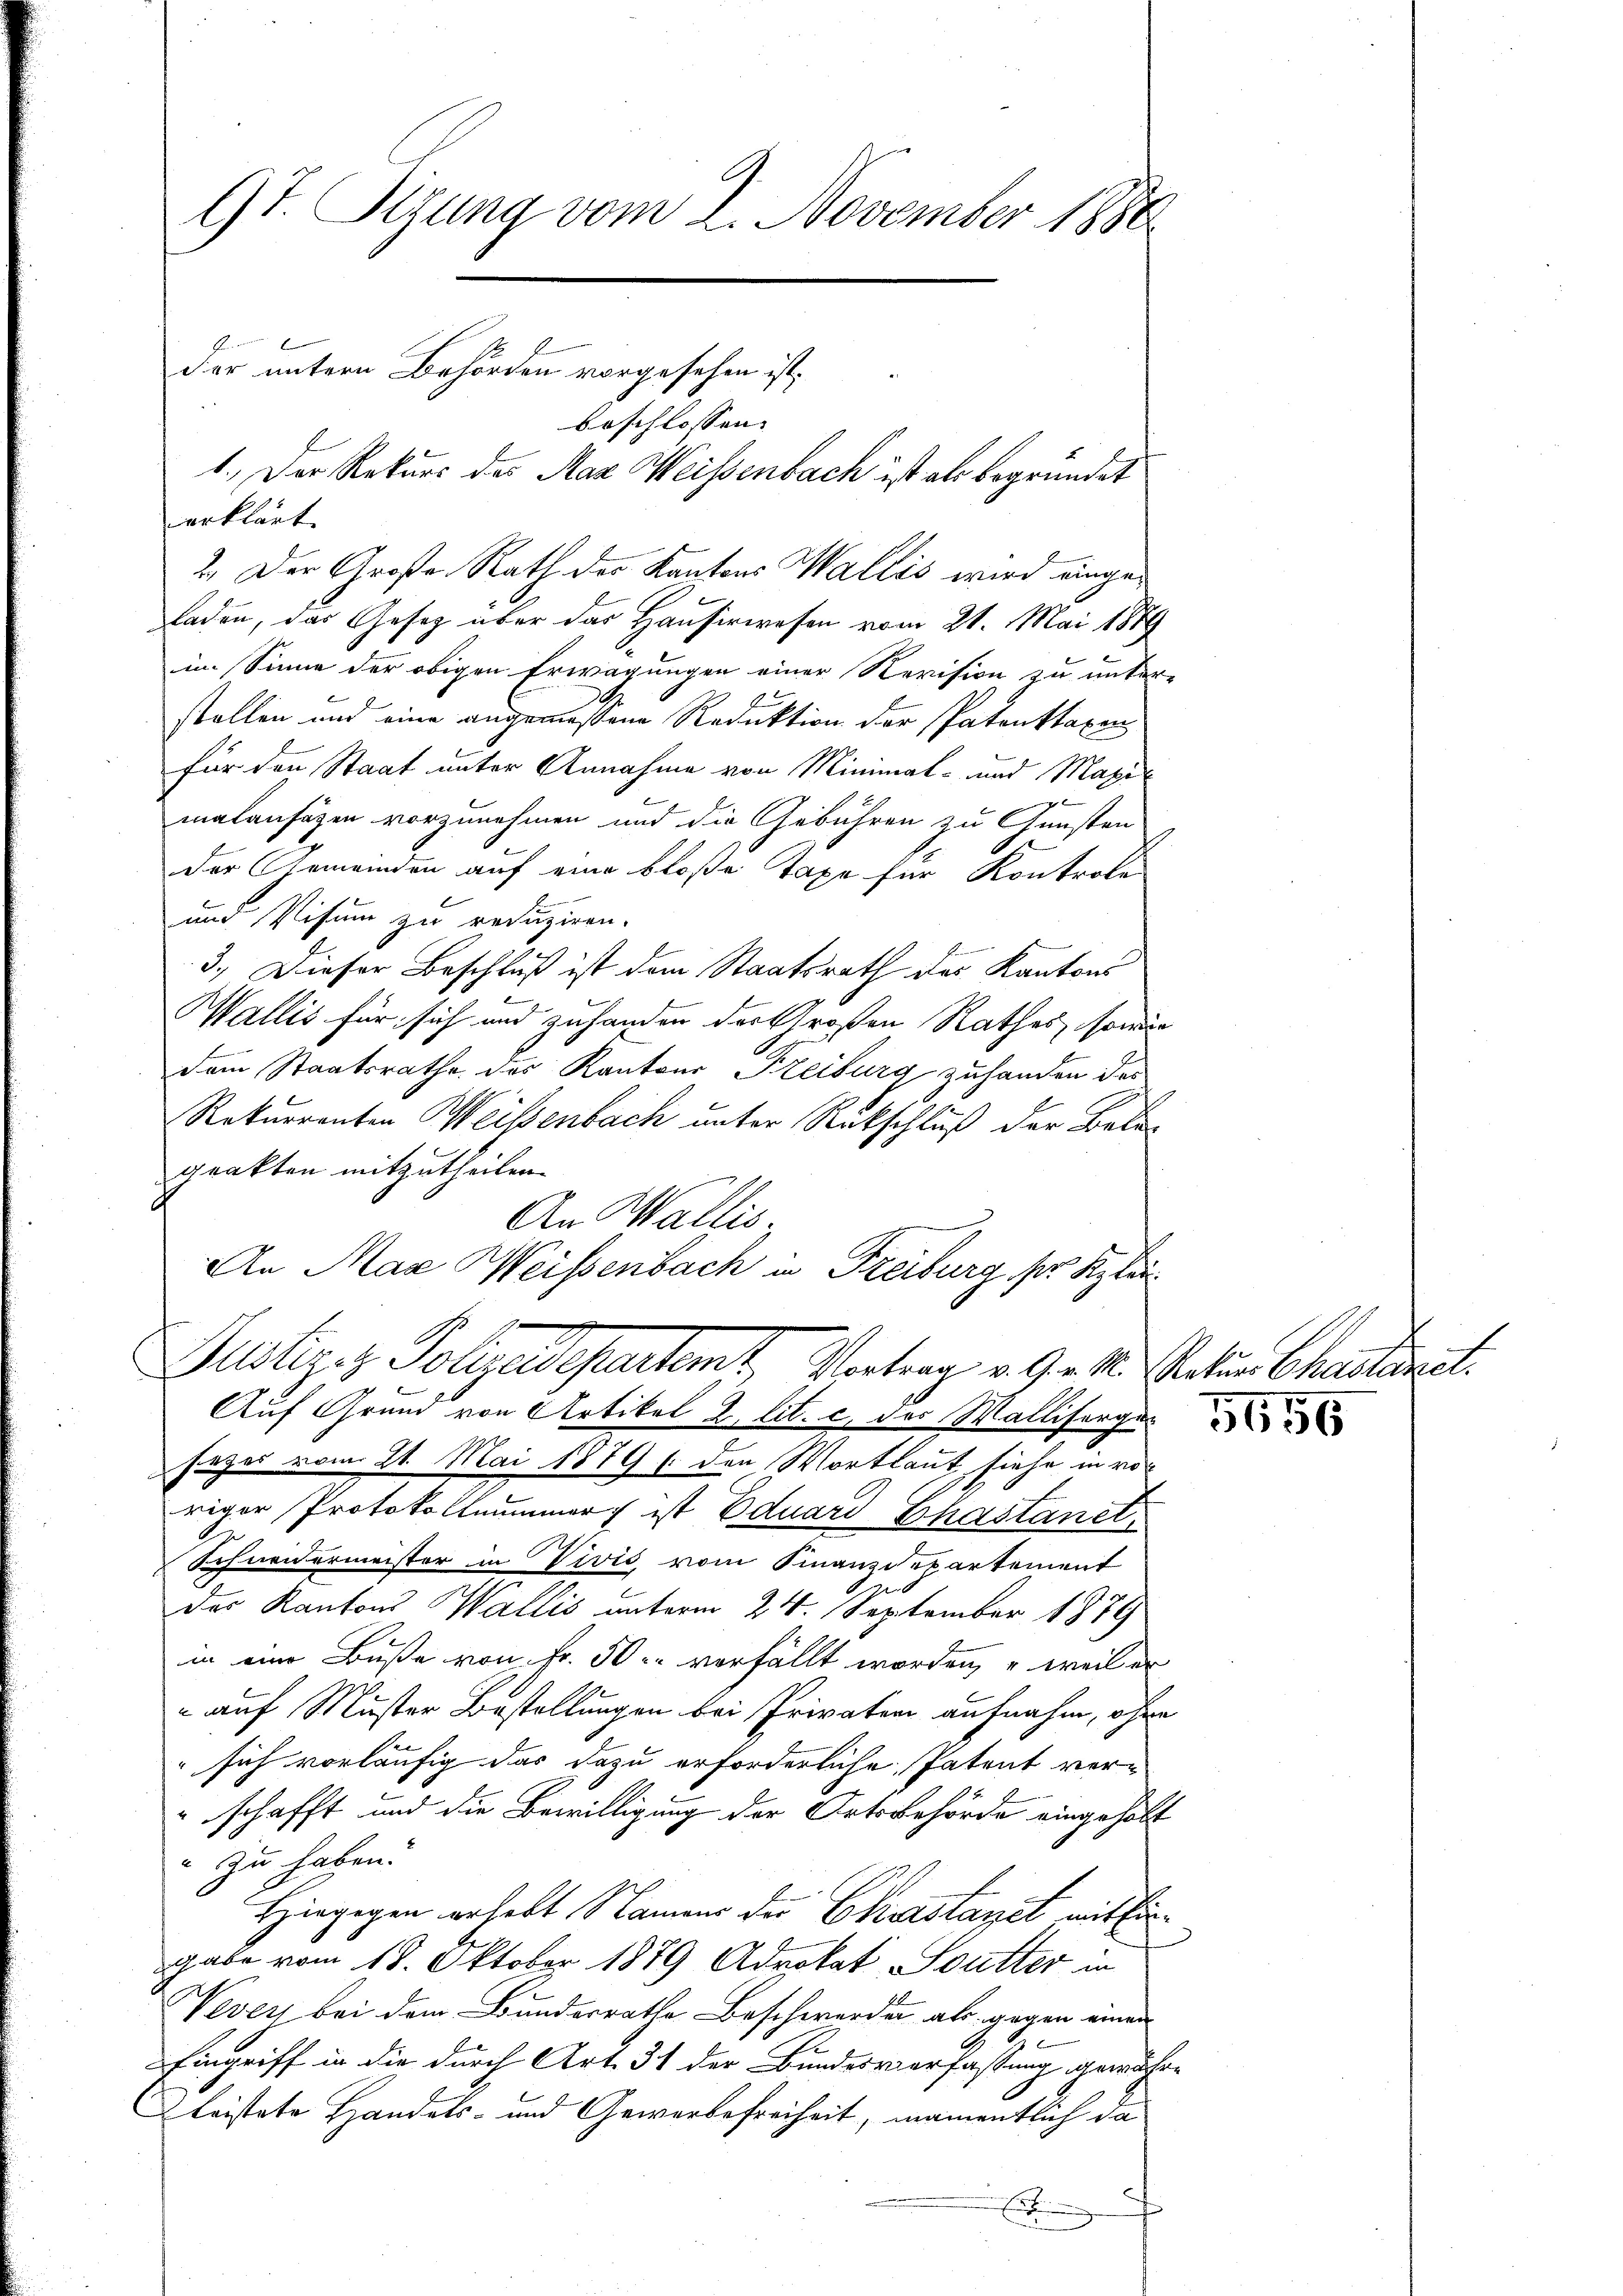
9t. Otzung vom 2. November 1886

der untern Behörden vorgesehen ist,

beschlossen: |
1.) Der Rekurs des Max Weisenbach ist als begründet
erklärt.
2. Der Große Rath des Kantons Wallis wird eingeladen, das Gesetz über das Hausirwesen vom 21. Mai 1889
im Sinne der obigen Erwägungen einer Revision zu unter-
stellen und eine angemessene Reduktion der Patenktaxen
für den Staat unter Annahme von Minimal- und Maxi
malansäzen vorzunehmen und die Gebühren zu Gunsten
der Gemeinden auf eine bloße Taxe für Kontrole
und Visum zu reduziren.
3.) Dieser Beschluß ist dem Staatsrath des Kantons
Wallis für sich und zuhanden der Großen Rathes, sowie
dem Staatsrathe des Kantons Freiburg zuhanden das
Rekurrenten Weissenbach unter Rückschluß der Beleprakten mitzutheilen.
An Wallis,
An Max Weissenbach in Freiburg ser Klei¬
Gustiz- & Polizeidepartamt, Vertrag v. 9. 12. Statuen Chartet.
Auf Grund von Artikel 2. lit. c des Wallisergesezes vom 21. Mai 1879 (den Wortlaut siehe in roriger Protokollummer ist Eduard hastanet,
Schurermeister in Vivis, vom Finanzdepartement
des Kantons Wallis unterm 24. September 1878
in eine Buße von Fr. 50 verfällt worden, u weil er
 auf Muster Bestellungen bei Privaten aufnahm, ohne
 sich vorläufig das dazu erforderliche Patent verschafft und die Bewilligung der Ortsbehörde eingeholt
" zu haben.
Hiegegen erhalt Namens der Chastandt mit Eingabe vom 18. Oktober 1879 Advokat Soutter in
Vevey bei dem Bundesrathe Beschwerden als gegen einen
Eingriff in die durch Art. 31 der Bundesverfassung gewähre
Leistete Handels- und Gewerbefreiheit, namentlich da
E

5656